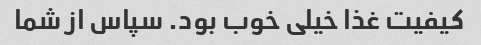
کیفیت غذا خیلی خوب بود. سپاس از شما